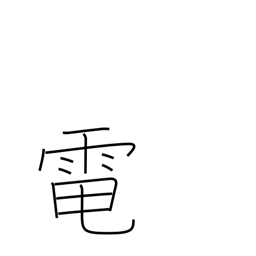
Meaning: electricity